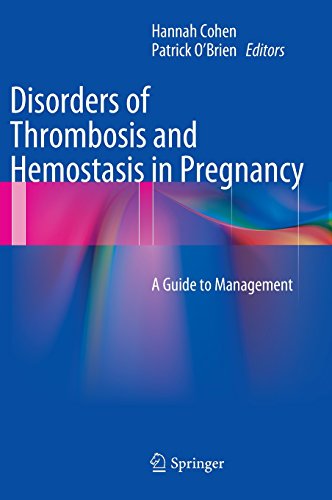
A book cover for Disorders of Thrombosis and Hemostasis in Pregnancy: A Guide to Management; Health, Fitness & Dieting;